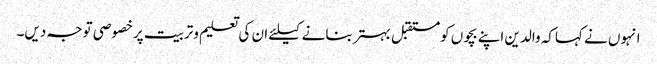
انہوں نے کہاکہ والدین اپنے بچوں کومستقبل بہتربنانے کیلئے ان کی تعلیم وتربیت پرخصوصی توجہ دیں۔